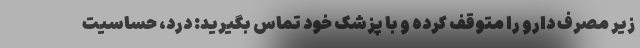
زیر مصرف دارو را متوقف کرده و با پزشک خود تماس بگیرید: درد، حساسیت